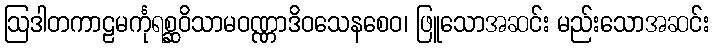
ဩဒါတကာဠမင်္ကုရစ္ဆဝိသာမဝဏ္ဏာဒိဝသေနစေဝ၊ ဖြူသောအဆင်း မည်းသောအဆင်း